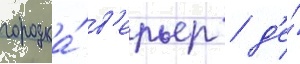
городка́ в'ерьер / д'е́